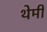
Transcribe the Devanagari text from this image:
थेर्मी